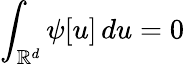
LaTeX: \int_{{\mathbb R}^{d}}\psi[u]\, du=0